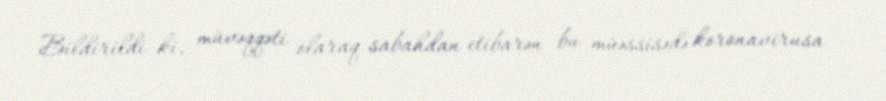
Bildirildi ki, müvəqqəti olaraq sabahdan etibarən bu müəssisədə koronavirusa